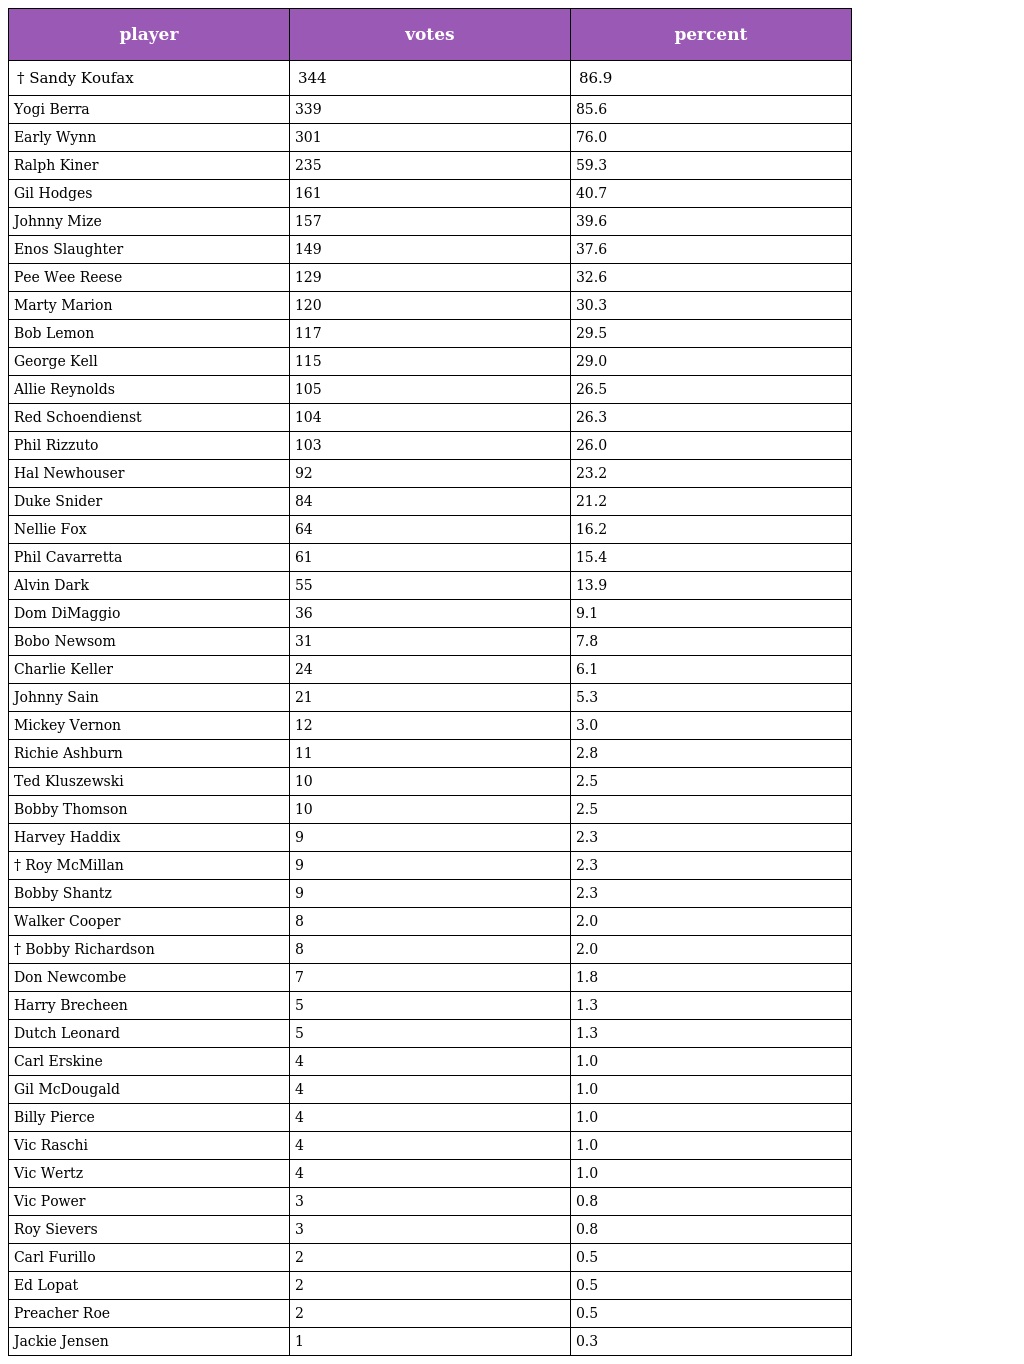
| player | votes | percent |
 | --- | --- | --- |
 | † Sandy Koufax | 344 | 86.9 |
 | Yogi Berra | 339 | 85.6 |
 | Early Wynn | 301 | 76.0 |
 | Ralph Kiner | 235 | 59.3 |
 | Gil Hodges | 161 | 40.7 |
 | Johnny Mize | 157 | 39.6 |
 | Enos Slaughter | 149 | 37.6 |
 | Pee Wee Reese | 129 | 32.6 |
 | Marty Marion | 120 | 30.3 |
 | Bob Lemon | 117 | 29.5 |
 | George Kell | 115 | 29.0 |
 | Allie Reynolds | 105 | 26.5 |
 | Red Schoendienst | 104 | 26.3 |
 | Phil Rizzuto | 103 | 26.0 |
 | Hal Newhouser | 92 | 23.2 |
 | Duke Snider | 84 | 21.2 |
 | Nellie Fox | 64 | 16.2 |
 | Phil Cavarretta | 61 | 15.4 |
 | Alvin Dark | 55 | 13.9 |
 | Dom DiMaggio | 36 | 9.1 |
 | Bobo Newsom | 31 | 7.8 |
 | Charlie Keller | 24 | 6.1 |
 | Johnny Sain | 21 | 5.3 |
 | Mickey Vernon | 12 | 3.0 |
 | Richie Ashburn | 11 | 2.8 |
 | Ted Kluszewski | 10 | 2.5 |
 | Bobby Thomson | 10 | 2.5 |
 | Harvey Haddix | 9 | 2.3 |
 | † Roy McMillan | 9 | 2.3 |
 | Bobby Shantz | 9 | 2.3 |
 | Walker Cooper | 8 | 2.0 |
 | † Bobby Richardson | 8 | 2.0 |
 | Don Newcombe | 7 | 1.8 |
 | Harry Brecheen | 5 | 1.3 |
 | Dutch Leonard | 5 | 1.3 |
 | Carl Erskine | 4 | 1.0 |
 | Gil McDougald | 4 | 1.0 |
 | Billy Pierce | 4 | 1.0 |
 | Vic Raschi | 4 | 1.0 |
 | Vic Wertz | 4 | 1.0 |
 | Vic Power | 3 | 0.8 |
 | Roy Sievers | 3 | 0.8 |
 | Carl Furillo | 2 | 0.5 |
 | Ed Lopat | 2 | 0.5 |
 | Preacher Roe | 2 | 0.5 |
 | Jackie Jensen | 1 | 0.3 |